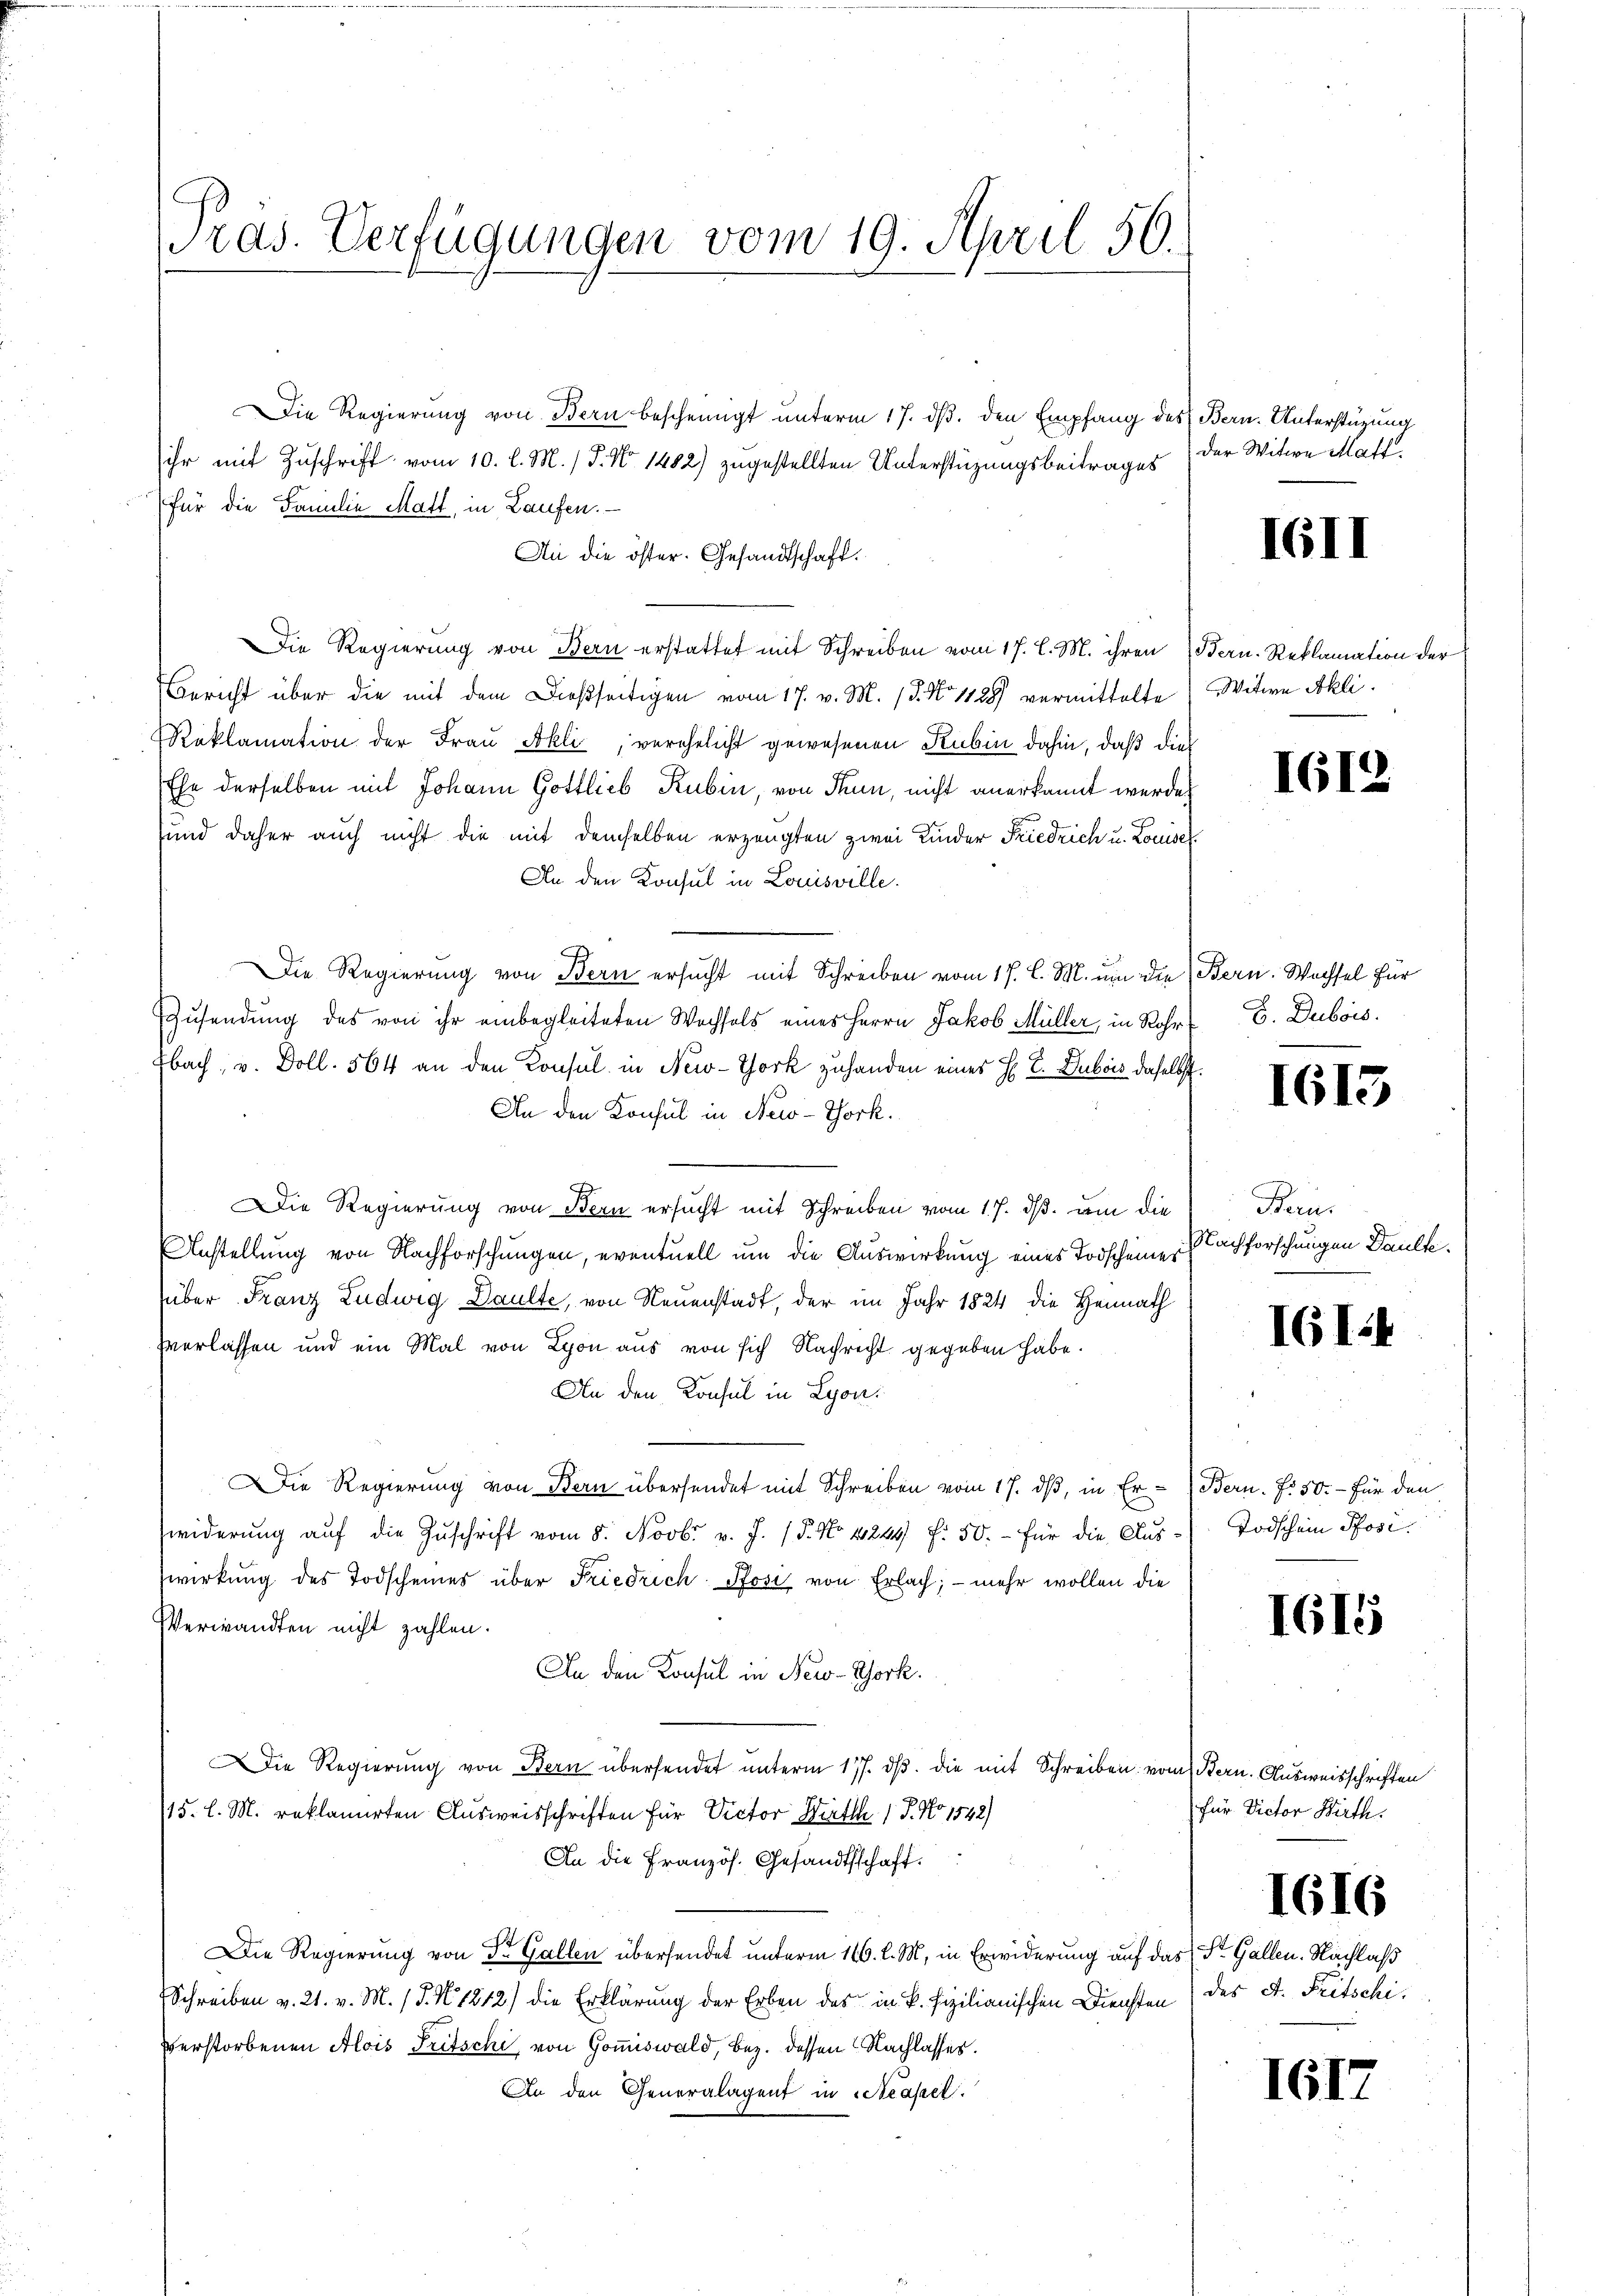
ras. Verfügungen vom 19. April 56.

Die Regierung von Bern bescheinigt unterm 17. dβ. den Empfang des Bern. Unterstüzung
ihr mit Zuschrift vom 10. l. M. / P. Nr. 1482) zugestellten Unterstüzungsbeitrages
für die Familie Matt, in Laufen.
An die öster. Gesandtschaft.
Die Regierung von Bern erstattet mit Schreiben vom 17. l. M. ihren Bern. Reklamation der
Bericht über die mit dem Dießseitigen vom 17. v. M. 18. No 1128) vermittelte Witwe Akli
Reklamation der Frau Akli, verehelicht gewesenen Rubin dahin, daß dies
Ehe derselben mit Johann Gottlieb Rubin, von Thun, nicht anerkannt werden
sund daher auch nicht die mit demselben erzeugten zwei Kinder Friedrich u. Louise
An den Konsul in Louisville.
Die Regierung von Bern ersucht mit Schreiben vom 17. l. M. um die Bern. Wachsel für
Zusendung des von ihr einbegleiteten Wechsels eines Herrn Jakob Müller, in Rohr (E. Dubois.
bach, v. Doll. 564 an den Konsul in New-York zuhanden eines H. E. Dubois daselbst.
An den Konsul in New-York.
Die Regierung von Bern ersucht mit Schreiben vom 17. ds. um die
Anstellung von Nachforschungen, eventuell um die Auswirkung eines Todscheines
über Franz Ludwig Daulte, von Neuenstadt, der im Jahr 1824 die Heimath
Verlassen und ein Mal von Lyon aus von sich Nachrecht gegeben habe.
An den Konsul in Lyon
Die Regierung von Bern übersendet mit Schreiben vom 17. ds, in Er- Bern. F. 50.- für den
widerung auf die Zuschrift vom 5. Novbr. v. J. P. No 41224 f: 50.- für die Auswirkung des Todscheines über Friedrich Posi von Erlach; — mehr wollen die
Verwandten nicht zahlen.
An den Konsul in New-York.
Die Regierŭng von Bern übersendet unterm 17. dβ. die mit Schreiben vom Bern. Ausweisschriften
15. l. M. reklamirten Ausweisschriften für Victor Wirth  P. No 1542)
An die Französ. Gesandtschaft.
Die Regierung von Dr. Gallen übersendet unterm 166. l. M., in Erwiderung auf das Dr. Gallen. Nachlaß
Schreiben v. 21. v. M. (T. N. 1212) die Erklärung der Erben des in k. Fizilianischen Diensten) des A. Fritschiverstorbenen Alois Tritschi, von Gommiswald, bez. dessen Nachlasses.
An den Generalagent in Strassel.

der Witwe Matt.

III

I612

1613

Berus
Nachforschungen Paulte.

161.

Todschein Pfosi.

1615

1612

für Victor Wirth.

1616